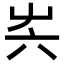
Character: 𡴆